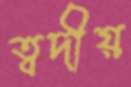
ত্বদীয়